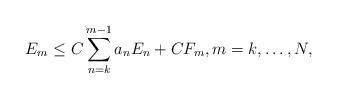
LaTeX: \begin{align*} E_m\le C\sum_{n=k}^{m-1} a_nE_n +CF_m , m=k,\dotsc,N,\end{align*}